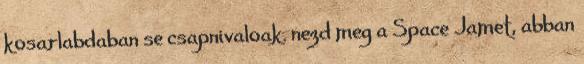
kosarlabdaban se csapnivaloak. nezd meg a Space Jamet, abban